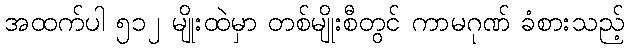
အထက်ပါ ၅၁၂ မျိုးထဲမှာ တစ်မျိုးစီတွင် ကာမဂုဏ် ခံစားသည့်